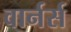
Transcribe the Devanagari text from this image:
वार्नर्स